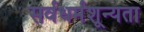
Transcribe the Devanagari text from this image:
सर्वधर्मशून्यता